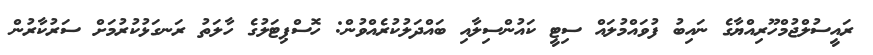
ރައީސުލްޖުމްހޫރިއްޔާގެ ނައިބު ފުވައްމުލައް ސިޓީ ކައުންސިލާއި ބައްދަލުކުރެއްވުން: ހޮސްޕިޓަލުގެ ހާލަތު ރަނގަޅުކުރުމަށް ސަރުކާރުން